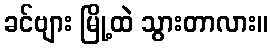
ခင်ဗျား မြို့ထဲ သွားတာလား။